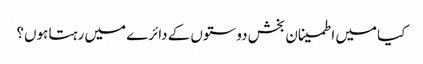
کیا میں اطمینان بخش دوستوں کے دائرے میں رہتا ہوں؟